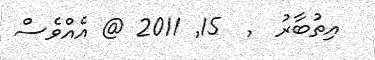
އިތުބާރު